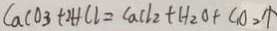
C a C O _ { 3 } + 2 H C l = C a C l _ { 2 } + H _ { 2 } O + C _ { 1 } O _ { 2 } \uparrow